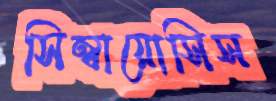
সিম্বায়োসিস